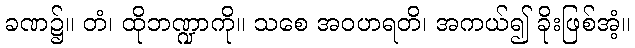
ခဏ၌။ တံ၊ ထိုဘဏ္ဍာကို။ သစေ အဝဟရတိ၊ အကယ်၍ ခိုးဖြစ်အံ့။